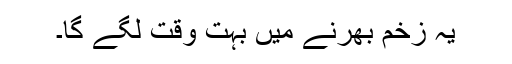
یہ زخم بھرنے میں بہت وقت لگے گا۔